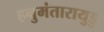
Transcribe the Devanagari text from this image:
हनुमंतारायुडु